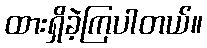
ထားရှိခဲ့ကြပါတယ်။